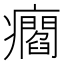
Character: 㿕